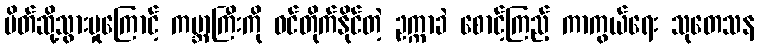
ပိတ်ဆို့သွားမှုကြောင့် ကမ္ဘာကြီးကို ဝင်တိုက်နိုင်တဲ့ ဥက္ကာခဲ စောင့်ကြည့် ကာကွယ်ရေး သုတေသန